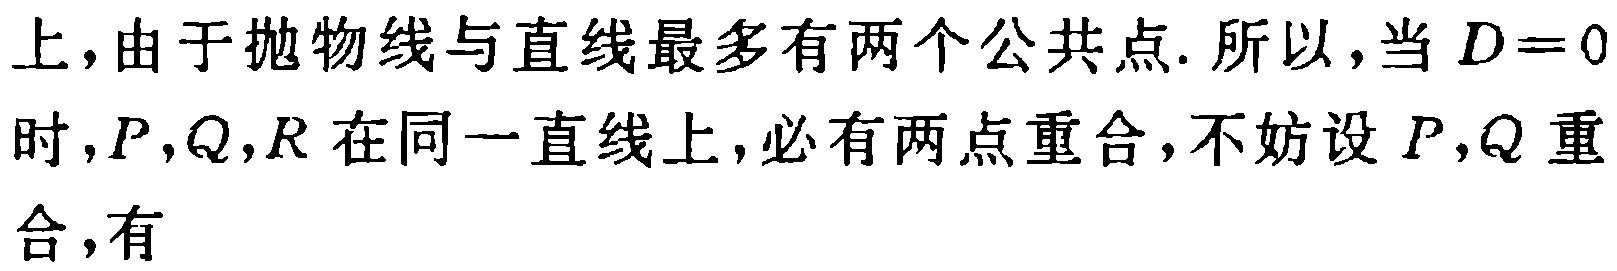
上，由于抛物线与直线最多有两个公共点. 所以，当 \(D = 0\) 时，\(P,Q,R\) 在同一直线上，必有两点重合，不妨设 \(P,Q\) 重合，有